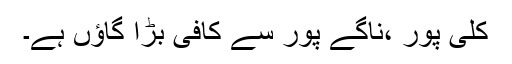
کلّی پور ،ناگے پور سے کافی بڑا گاؤں ہے۔